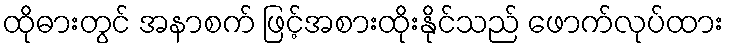
ထိုဓားတွင် အနာစက် ဖြင့်အစားထိုးနိုင်သည် ဖောက်လုပ်ထား